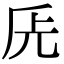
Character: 兏